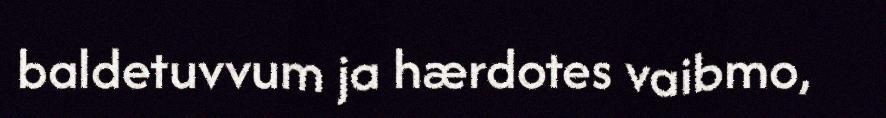
baldetuvvum ja hærdotes vaibmo,